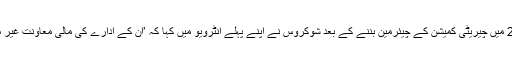
‘ سنہ 2012 میں چیریٹی کمیشن کے چیئرمین بننے کے بعد شوکروس نے اپنے پہلے انٹرویو میں کہا کہ ’ان کے ادارے کی مالی معاونت غیر مستحکم ہے۔